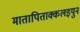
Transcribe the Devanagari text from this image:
मातापिताक्कलइयुन